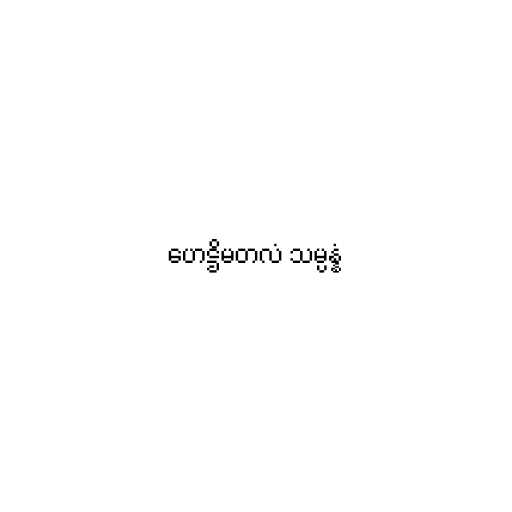
ဟေဋ္ဌိမတလံ သမ္ပန္နံ